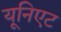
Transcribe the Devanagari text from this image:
यूनिएट